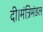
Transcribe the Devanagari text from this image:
दी।मंत्रिमंडल